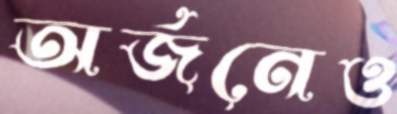
অর্জনেও